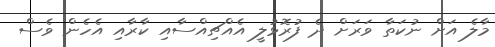
މާލެ އަށް ނުކަތާ ވަރަށް ދެ ފުރޮޅުލީ އެއްޗިއްސާއި ކާރާއި އެހެން ވެސް